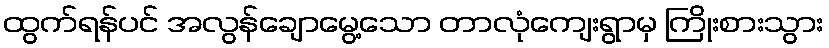
ထွက်ရန်ပင် အလွန်ချောမွေ့သော တာလုံကျေးရွာမှ ကြိုးစားသွား